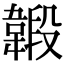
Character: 𩏇